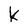
Character: k